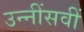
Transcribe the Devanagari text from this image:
उन्नींसवीं